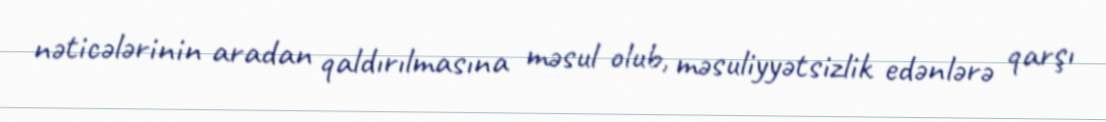
nəticələrinin aradan qaldırılmasına məsul olub, məsuliyyətsizlik edənlərə qarşı